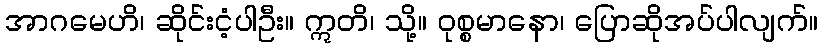
အာဂမေဟိ၊ ဆိုင်းငံ့ပါဦး။ ဣတိ၊ သို့။ ဝုစ္စမာနော၊ ပြောဆိုအပ်ပါလျက်။